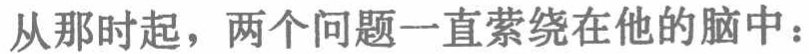
从那时起，两个问题一直萦绕在他的脑中：